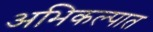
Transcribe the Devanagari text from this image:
अभिकल्पात